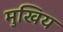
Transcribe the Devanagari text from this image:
मुखिय